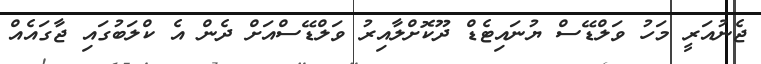
ޖެނުއަރީ މަހު ވަލްޑޭސް ޔުނައިޓެޑް ދޫކޮށްލާއިރު ވަލްޑޭސްއަށް ދެން އެ ކްލަބުގައި ޖާގައެއް